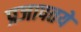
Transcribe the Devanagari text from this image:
प्रजापतये